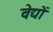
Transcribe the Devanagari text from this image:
वेद्यों